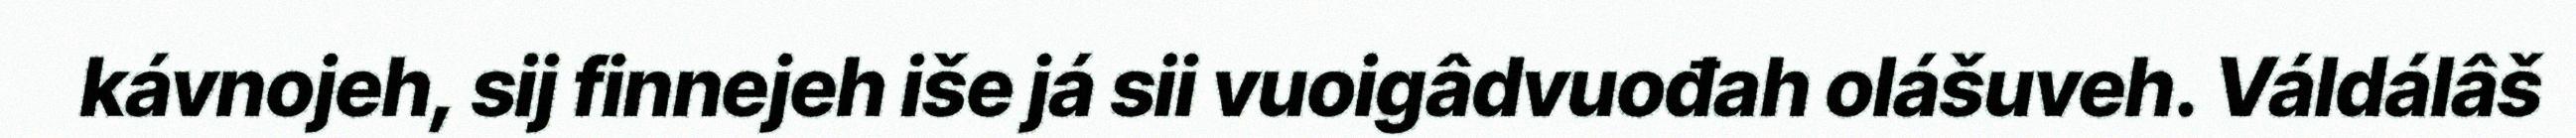
kávnojeh, sij finnejeh iše já sii vuoigâdvuođah olášuveh. Váldálâš